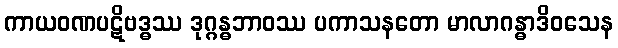
ကာယဝဏပဋိဗဒ္ဓဿ ဒုဂ္ဂန္ဓဘာဝဿ ပကာသနတော မာလာဂန္ဓာဒိဝသေန